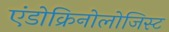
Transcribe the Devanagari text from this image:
एंडोक्रिनोलोजिस्ट